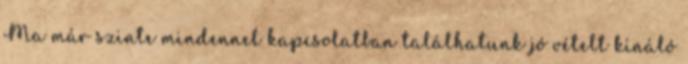
Ma már szinte mindennel kapcsolatban találhatunk jó vételt kínáló